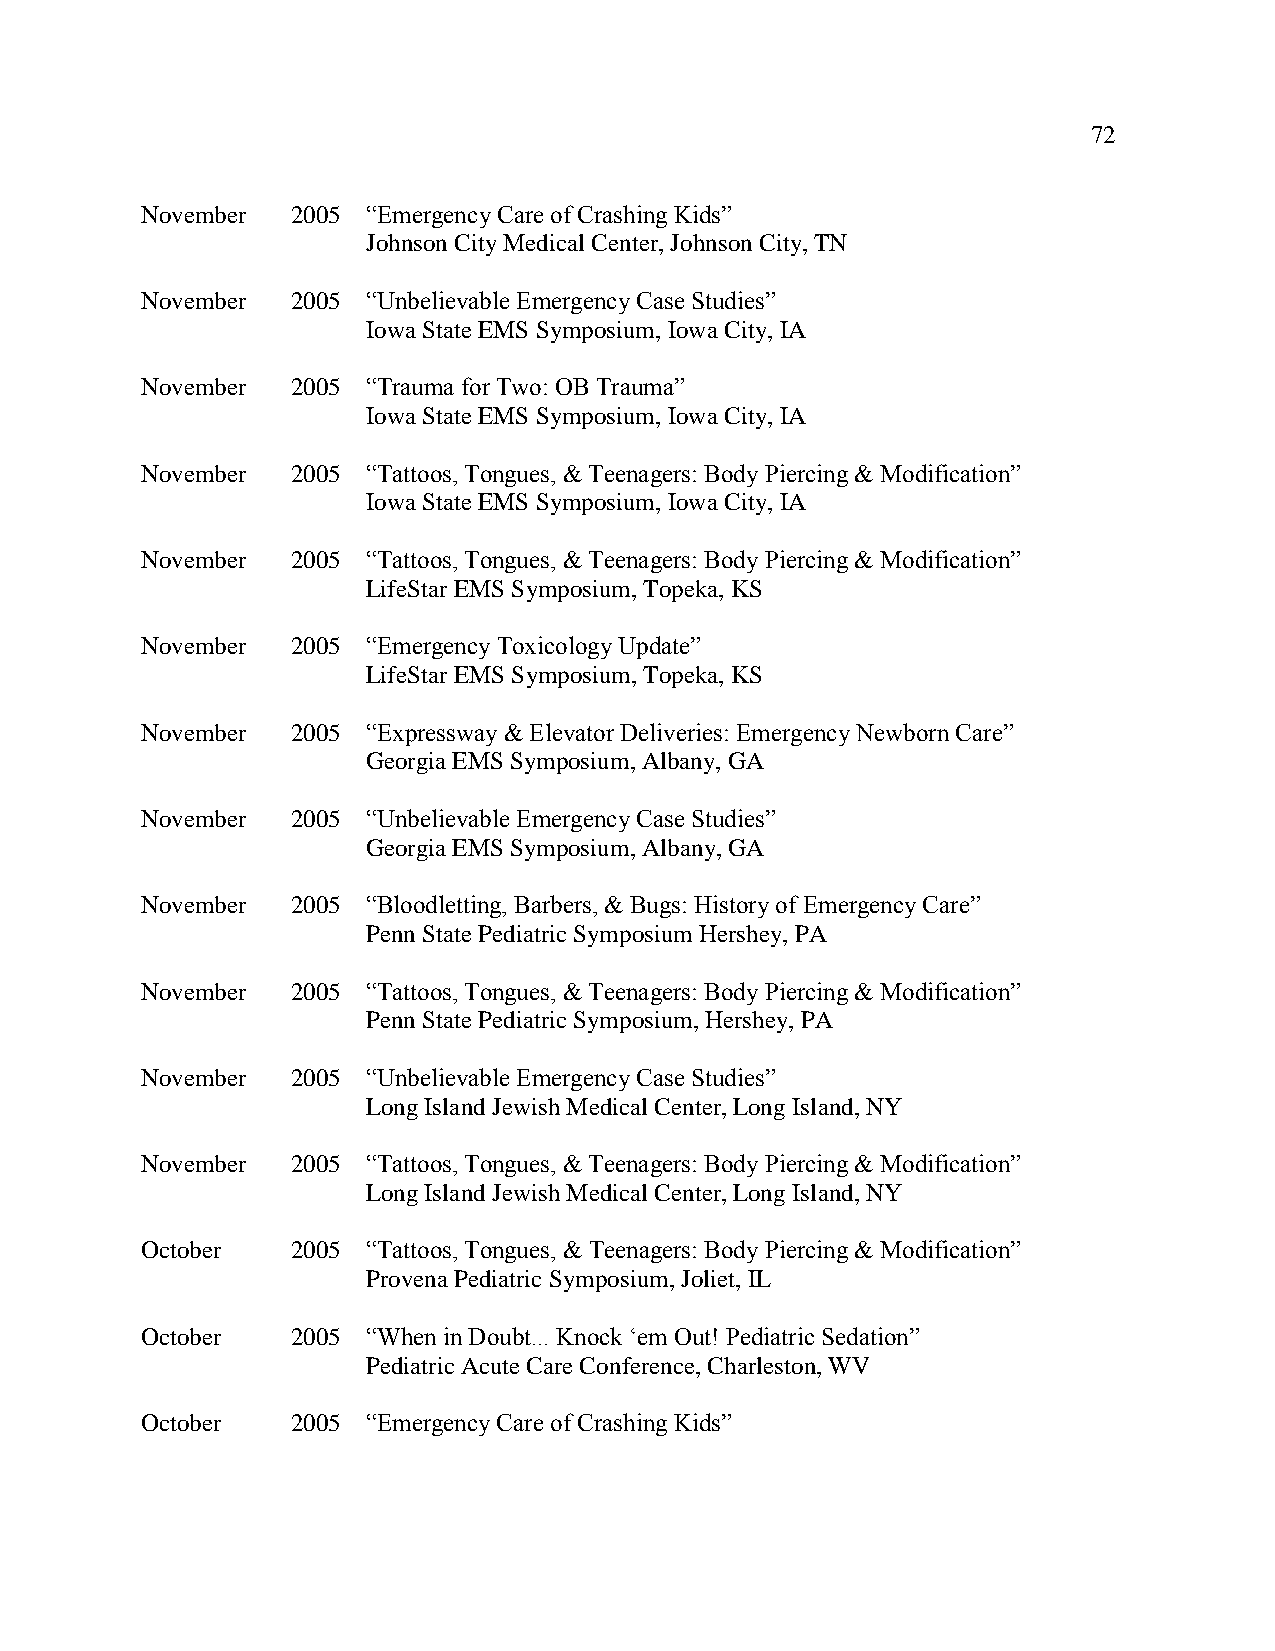
72
 November  2005 “Emergency Care of Crashing Kids”
 Johnson City Medical Center, Johnson City, TN
 November  2005 “Unbelievable Emergency Case Studies”
 Iowa State EMS Symposium, Iowa City, IA
 November  2005 “Trauma for Two: OB Trauma”
 Iowa State EMS Symposium, Iowa City, IA
 November  2005 “Tattoos, Tongues, & Teenagers: Body Piercing & Modification”
 Iowa State EMS Symposium, Iowa City, IA
 November  2005 “Tattoos, Tongues, & Teenagers: Body Piercing & Modification”
 LifeStar EMS Symposium, Topeka, KS
 November  2005 “Emergency Toxicology Update”
 LifeStar EMS Symposium, Topeka, KS
 November  2005 “Expressway & Elevator Deliveries: Emergency Newborn Care”
 Georgia EMS Symposium, Albany, GA
 November  2005 “Unbelievable Emergency Case Studies”
 Georgia EMS Symposium, Albany, GA
 November  2005 “Bloodletting, Barbers, & Bugs: History of Emergency Care”
 Penn State Pediatric Symposium Hershey, PA
 November  2005 “Tattoos, Tongues, & Teenagers: Body Piercing & Modification”
 Penn State Pediatric Symposium, Hershey, PA
 November  2005 “Unbelievable Emergency Case Studies”
 Long Island Jewish Medical Center, Long Island, NY
 November  2005 “Tattoos, Tongues, & Teenagers: Body Piercing & Modification”
 Long Island Jewish Medical Center, Long Island, NY
 October   2005 “Tattoos, Tongues, & Teenagers: Body Piercing & Modification”
 Provena Pediatric Symposium, Joliet, IL
 October   2005 “When in Doubt... Knock ‘em Out! Pediatric Sedation”
 Pediatric Acute Care Conference, Charleston, WV
 October   2005 “Emergency Care of Crashing Kids”